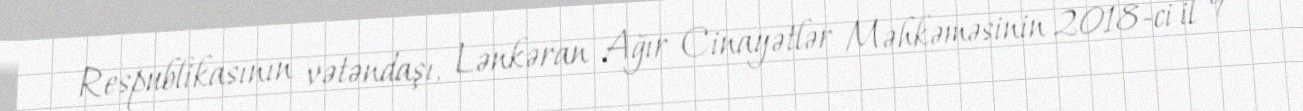
Respublikasının vətəndaşı, Lənkəran Ağır Cinayətlər Məhkəməsinin 2018-ci il 9